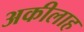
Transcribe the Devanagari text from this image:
अकीलाह